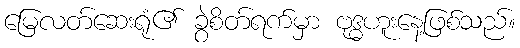
မြေလတ်ဆေးရုံ၏ ခွဲစိတ်ရက်မှာ ဗုဒ္ဓဟူးနေ့ဖြစ်သည်။